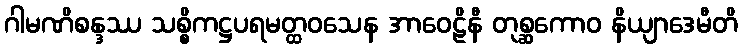
ဂါမဏိစန္ဒဿ သစ္စိကဋ္ဌပရမတ္ထဝသေန အာဝေဠိနီ တုစ္ဆကောဝ နိယျာဒေမီတိ